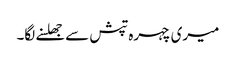
میری چہرہ تپش سے جھلسنے لگا۔